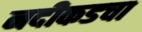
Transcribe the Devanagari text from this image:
नदीकडचा